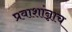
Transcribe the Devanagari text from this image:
प्रवाशांन्नाच